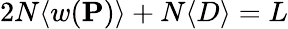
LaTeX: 2N\langle w(\mathbf{P})\rangle+N\langle D\rangle=L